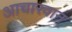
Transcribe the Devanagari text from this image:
आचारवान्